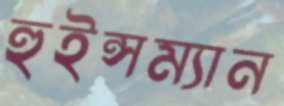
হুইন্সম্যান